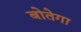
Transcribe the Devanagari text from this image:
बोतेगा